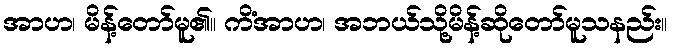
အာဟ၊ မိန့်တော်မူ၏။ ကိံအာဟ၊ အဘယ်သို့မိန့်ဆိုတော်မူသနည်း။